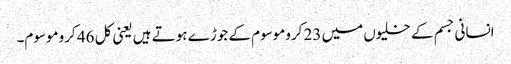
انسانی جسم کے خلیوں میں 23 کروموسوم کے جوڑے ہوتے ہیں یعنی کل 46 کروموسوم۔